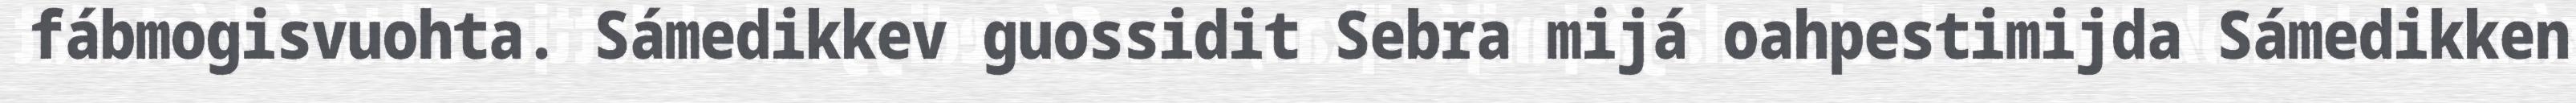
fábmogisvuohta. Sámedikkev guossidit Sebra mijá oahpestimijda Sámedikken